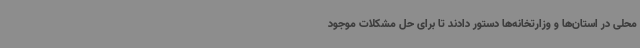
محلی در استان‌ها و وزارتخانه‌ها دستور دادند تا برای حل مشکلات موجود